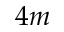
4 m